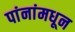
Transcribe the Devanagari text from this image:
पांनांमधून